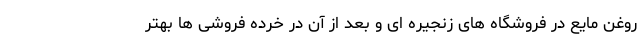
روغن مایع در فروشگاه های زنجیره ای و بعد از آن در خرده فروشی ها بهتر